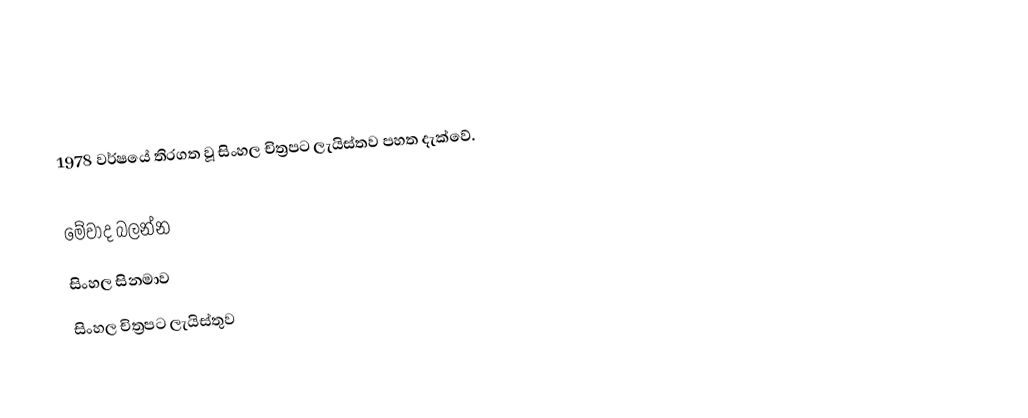
1978 වර්ෂයේ තිරගත වූ සිංහල චිත්‍රපට ලැයිස්තව පහත දැක්වේ.

මේවාද බලන්න
 සිංහල සිනමාව
 සිංහල චිත්‍රපට ලැයිස්තුව